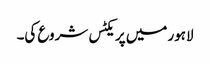
لاہور میں پریکٹس شروع کی۔